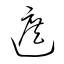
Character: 遮